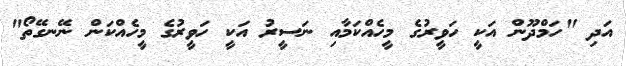
އަދި "ހަމްދޫން އަކީ ހަވީރުގެ މީހެއްކަމާއި ނަސީރު އަކީ ހަވީރުގެ މީހެއްކަން ނޭނގޭތޯ"